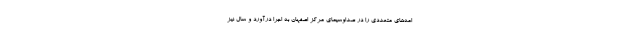
امه‌های متعددی را در صداوسیمای مرکز اصفهان به اجرا درآورد و سال نیز